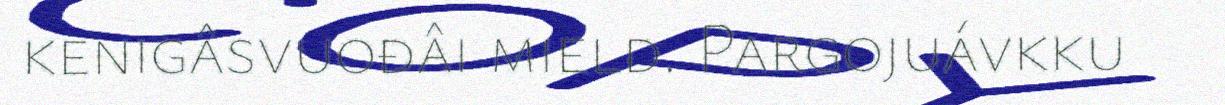
kenigâsvuođâi mield. Pargojuávkku